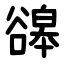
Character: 䜰